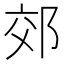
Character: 郊